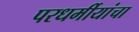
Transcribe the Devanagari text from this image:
परधर्मीयांचा